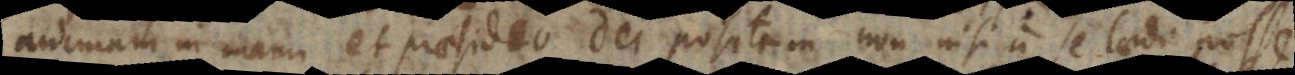
am in manu et praesidio Dei positam non nisi a se laedi posse,